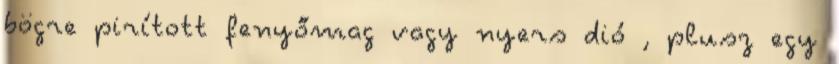
bögre pirított fenyőmag vagy nyers dió , plusz egy